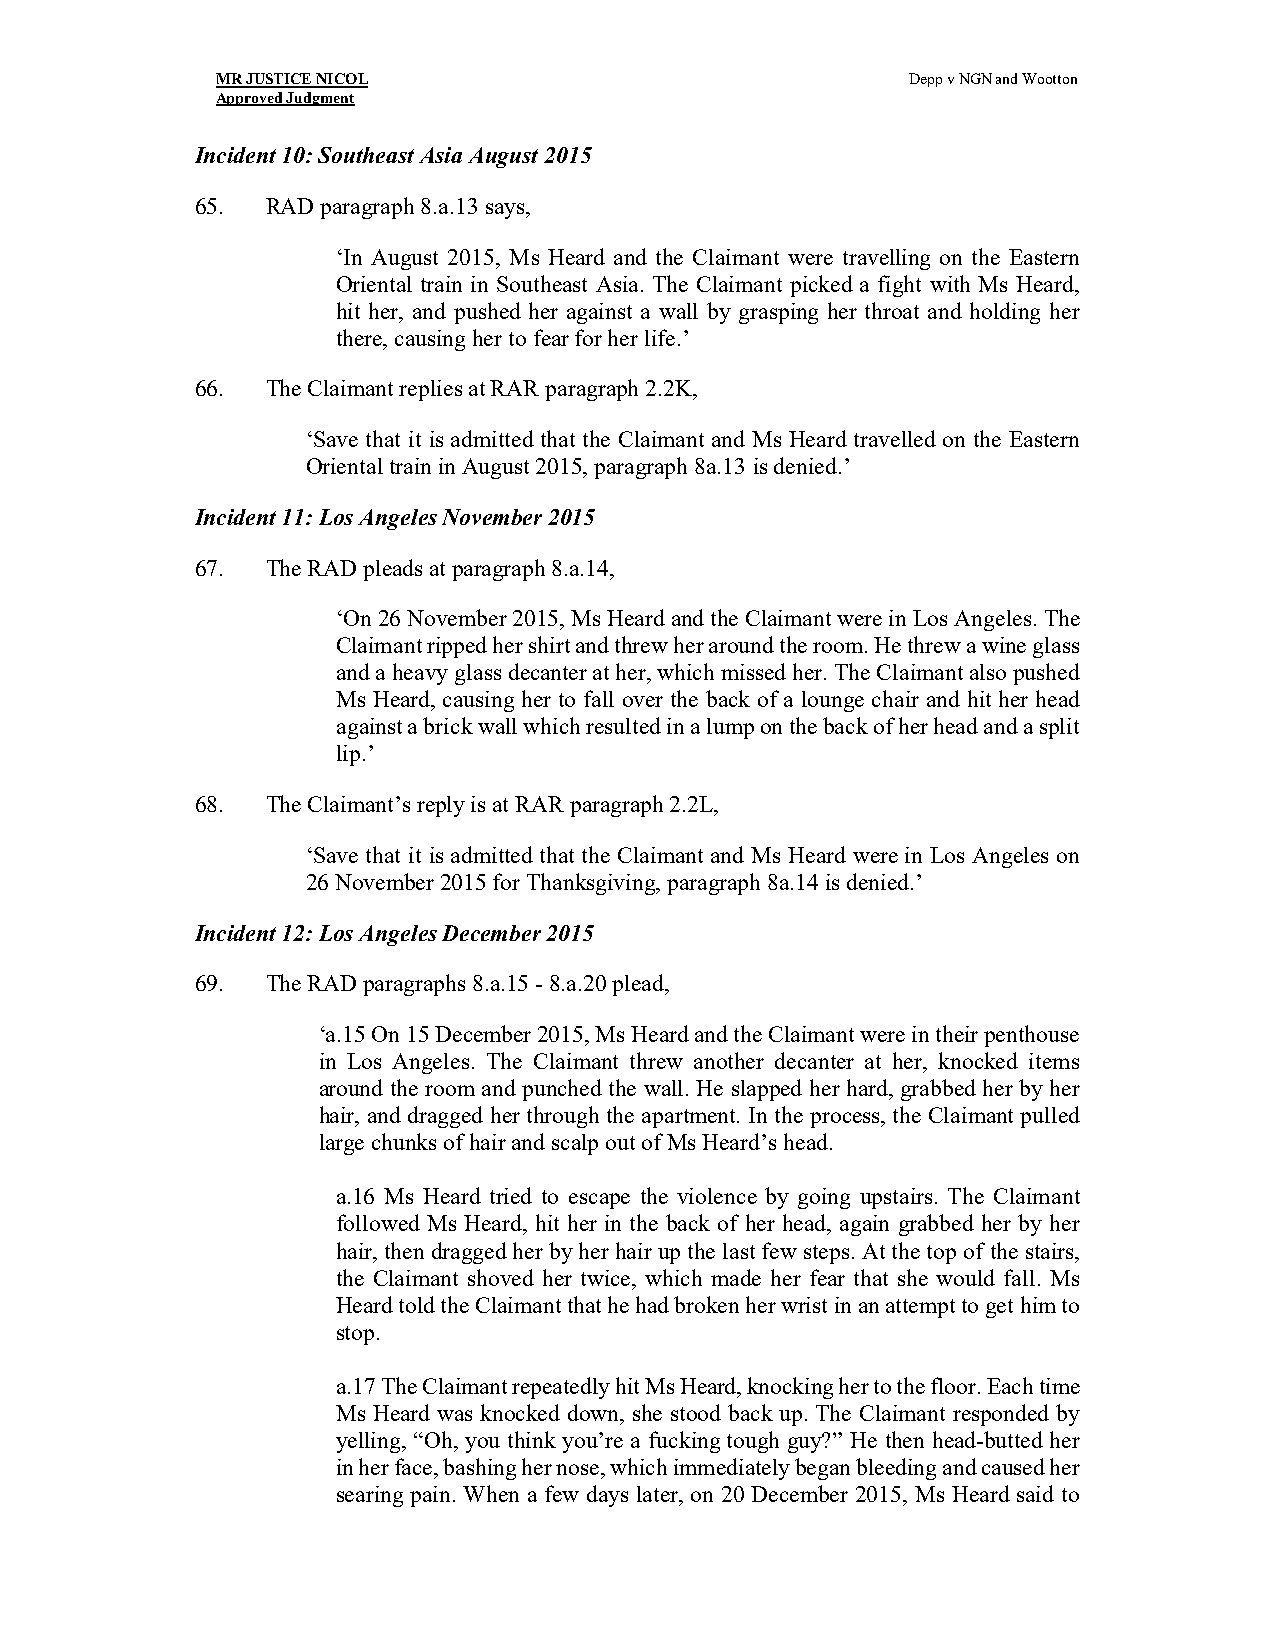
MR JUSTICE NICOL                              Depp v NGN and Wootton
 Approved Judgment
 Incident 10: Southeast Asia August 2015
 65.  RAD paragraph 8.a.13 says,
 ‘In August 2015, Ms Heard and the Claimant were travelling on the Eastern
 Oriental train in Southeast Asia. The Claimant picked a fight with Ms Heard,
 hit her, and pushed her against a wall by grasping her throat and holding her
 there, causing her to fear for her life.’
 66.  The Claimant replies at RAR paragraph 2.2K,
 ‘Save that it is admitted that the Claimant and Ms Heard travelled on the Eastern
 Oriental train in August 2015, paragraph 8a.13 is denied.’
 Incident 11: Los Angeles November 2015
 67.  The RAD pleads at paragraph 8.a.14,
 ‘On 26 November 2015, Ms Heard and the Claimant were in Los Angeles. The
 Claimant ripped her shirt and threw her around the room. He threw a wine glass
 and a heavy glass decanter at her, which missed her. The Claimant also pushed
 Ms Heard, causing her to fall over the back of a lounge chair and hit her head
 against a brick wall which resulted in a lump on the back of her head and a split
 lip.’
 68.  The Claimant’s reply is at RAR paragraph 2.2L,
 ‘Save that it is admitted that the Claimant and Ms Heard were in Los Angeles on
 26 November 2015 for Thanksgiving, paragraph 8a.14 is denied.’
 Incident 12: Los Angeles December 2015
 69.  The RAD paragraphs 8.a.15 - 8.a.20 plead,
 ‘a.15 On 15 December 2015, Ms Heard and the Claimant were in their penthouse
 in Los Angeles. The Claimant threw another decanter at her, knocked items
 around the room and punched the wall. He slapped her hard, grabbed her by her
 hair, and dragged her through the apartment. In the process, the Claimant pulled
 large chunks of hair and scalp out of Ms Heard’s head.
 a.16 Ms Heard tried to escape the violence by going upstairs. The Claimant
 followed Ms Heard, hit her in the back of her head, again grabbed her by her
 hair, then dragged her by her hair up the last few steps. At the top of the stairs,
 the Claimant shoved her twice, which made her fear that she would fall. Ms
 Heard told the Claimant that he had broken her wrist in an attempt to get him to
 stop.
 a.17 The Claimant repeatedly hit Ms Heard, knocking her to the floor. Each time
 Ms Heard was knocked down, she stood back up. The Claimant responded by
 yelling, “Oh, you think you’re a fucking tough guy?” He then head-butted her
 in her face, bashing her nose, which immediately began bleeding and caused her
 searing pain. When a few days later, on 20 December 2015, Ms Heard said to